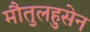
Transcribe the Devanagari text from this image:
मौतुलहुसेन